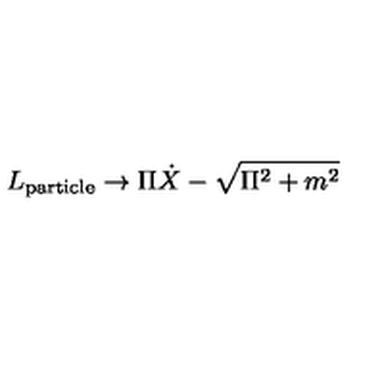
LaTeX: L _ { \mathrm { p a r t i c l e } } \to \Pi \dot { X } - \sqrt { \Pi ^ { 2 } + m ^ { 2 } }